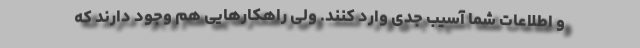
و اطلاعات شما آسیب جدی وارد کنند. ولی راهکارهایی هم وجود دارند که